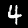
Label: 4